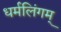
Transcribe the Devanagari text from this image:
धर्मलिंगम्